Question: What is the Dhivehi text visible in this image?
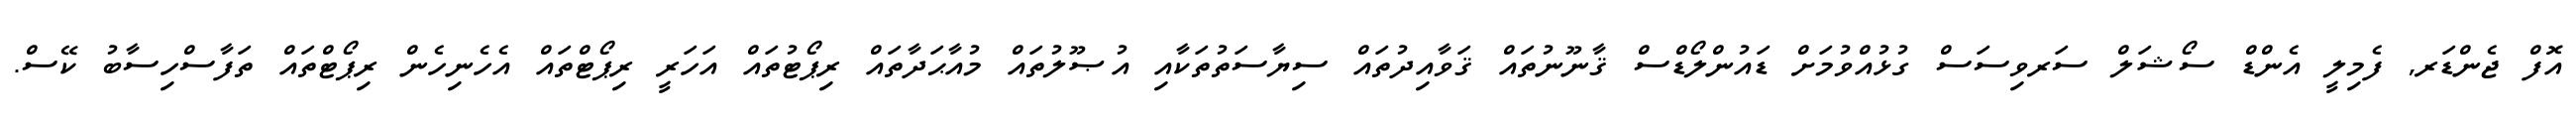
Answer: އޮފް ޖެންޑަރ, ފެމިލީ އެންޑް ސޯޝަލް ސަރވިސަސް ގުޅުއްވުމަށް ޑައުންލޯޑްސް ޤާނޫނުތައް ޤަވާއިދުތައް ސިޔާސަތުތަކާއި އުޞޫލުތައް މުއާޙަދާތައް ރިޕޯޓުތައް އަހަރީ ރިޕޯޓްތައް އެހެނިހެން ރިޕޯޓްތައް ތަފާސްހިސާބު ކޭސް.